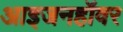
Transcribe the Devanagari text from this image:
आइजनहॉवर